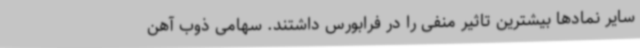
سایر نمادها بیشترین تاثیر منفی را در فرابورس داشتند. سهامی ذوب آهن